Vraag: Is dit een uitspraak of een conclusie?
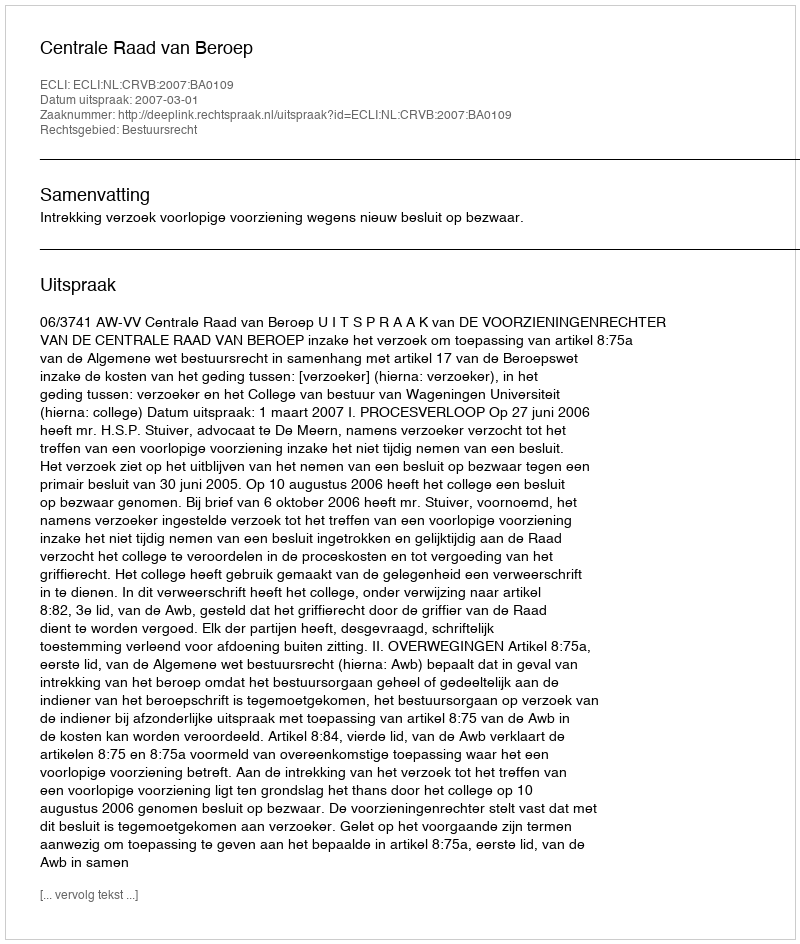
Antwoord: Uitspraak